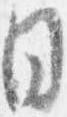
目